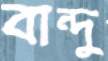
বান্দু